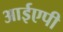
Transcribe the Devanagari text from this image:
आईएपी